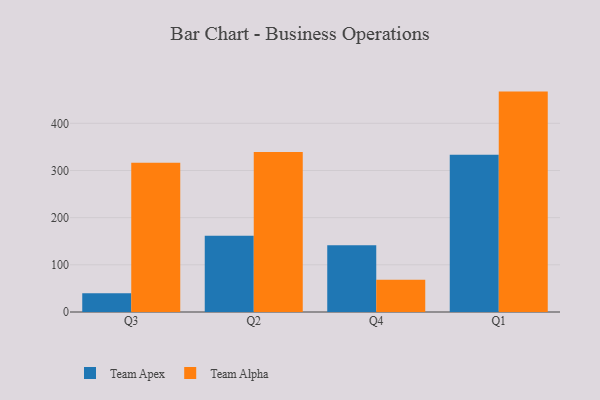
{"axis": {"x": "Quarter", "y": "Operating Costs (USD K)"}, "legend": ["Team Alpha", "Team Apex"], "data": [{"x": "Q3", "y": 39.5, "type": "Team Apex"}, {"x": "Q3", "y": 316.3, "type": "Team Alpha"}, {"x": "Q2", "y": 161.9, "type": "Team Apex"}, {"x": "Q2", "y": 339.0, "type": "Team Alpha"}, {"x": "Q4", "y": 141.4, "type": "Team Apex"}, {"x": "Q4", "y": 68.3, "type": "Team Alpha"}, {"x": "Q1", "y": 333.5, "type": "Team Apex"}, {"x": "Q1", "y": 467.3, "type": "Team Alpha"}]}